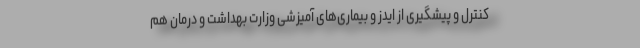
کنترل و پیشگیری از ایدز و بیماری‌های آمیزشی وزارت بهداشت و درمان هم